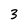
Character: 3